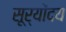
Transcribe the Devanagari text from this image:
सूर्योंदय